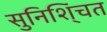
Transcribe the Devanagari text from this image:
सुनिशि्ंचत